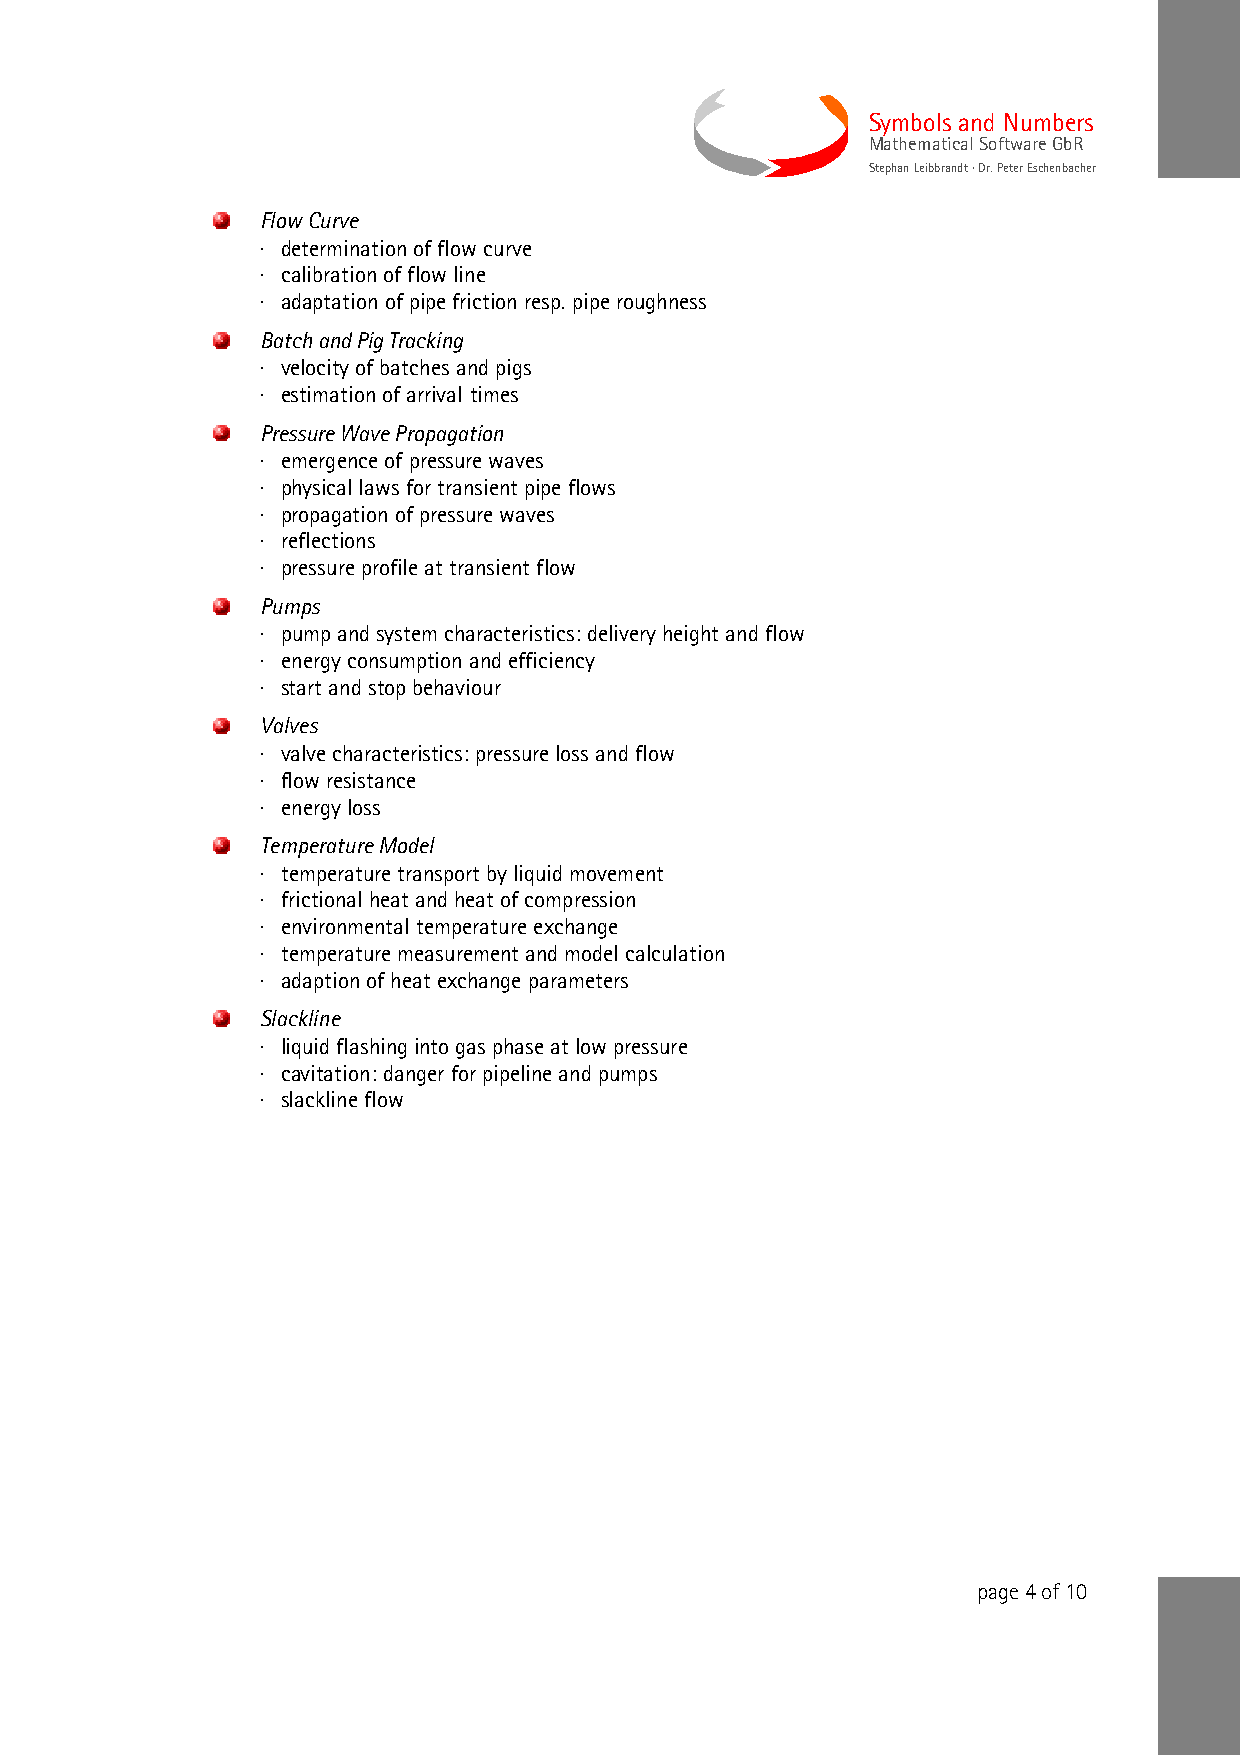
Symbols and Numbers
 Mathematical Software GbR
 Stephan Leibbrandt · Dr. Peter Eschenbacher
 Flow Curve
 · determination of flow curve
 · calibration of flow line
 · adaptation of pipe friction resp. pipe roughness
 Batch and Pig Tracking
 · velocity of batches and pigs
 · estimation of arrival times
 Pressure Wave Propagation
 · emergence of pressure waves
 · physical laws for transient pipe flows
 · propagation of pressure waves
 · reflections
 · pressure profile at transient flow
 Pumps
 · pump and system characteristics: delivery height and flow
 · energy consumption and efficiency
 · start and stop behaviour
 Valves
 · valve characteristics: pressure loss and flow
 · flow resistance
 · energy loss
 Temperature Model
 · temperature transport by liquid movement
 · frictional heat and heat of compression
 · environmental temperature exchange
 · temperature measurement and model calculation
 · adaption of heat exchange parameters
 Slackline
 · liquid flashing into gas phase at low pressure
 · cavitation: danger for pipeline and pumps
 · slackline flow
 page 4 of 10